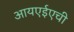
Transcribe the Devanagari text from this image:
आयएईएची